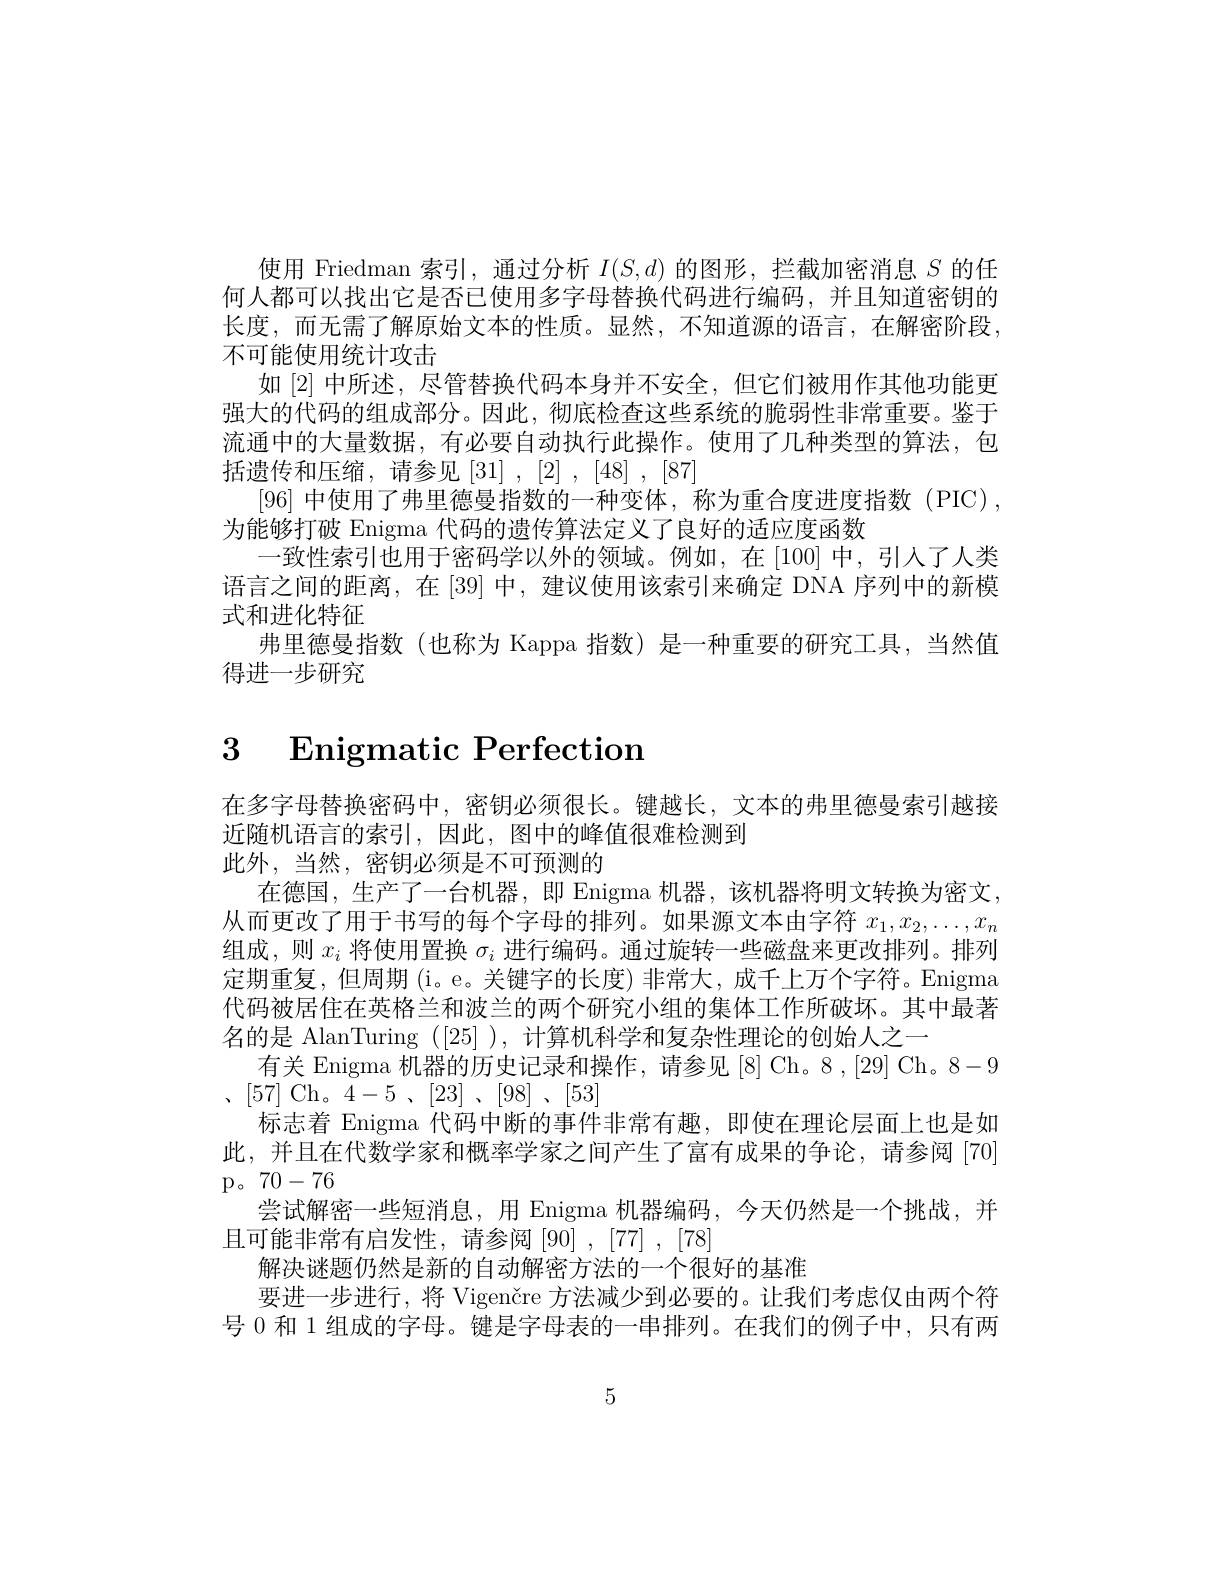
使用 Friedman 索引，通过分析$I(S,d)$的图形，拦截加密消息$S$的任何人都可以找出它是否已使用多字母替换代码进行编码，并且知道密钥的长度，而无需了解原始文本的性质。显然，不知道源的语言，在解密阶段。不可能使用统计攻击
如[2]中财述，尽管替换代码本身开个安全，但它们被用作其他功能更强大的代码的组成部分。因此，彻底检查这些系统的脆弱性非常重要。鉴于流通中的大量数据，有必要自动执行此操作。使用了几种类型的算法，包括遗传和压缩，请参见[31] ,[2] ,[48] ,[87]
[96] 中使用了弗里德曼指数的一种变体，称为重合度进度指数(PIC),
为能够打破 Enigma 代码的遗传算法定义了良好的适应度函数
一致性索引也用于密码学以外的领域。例如，在[100]中，引人了人类语言之间的距离，在[39]中，建议使用该索引来确定 DNA 序列中的新模式和进化特征
弗里德曼指数 (也称为 Kappa 指数) 是一种重要的研究工具，当然值
得进一步研究

# 3 $\textbf{Enigmatic Perfection}$

在多字母替换密码中，密钥必须很长。键越长，文本的弗里德曼索引越接
近随机语言的索引，因此，图中的峰值很难检测到
此外，当然，密钥必须是不可预测的
在德国，生产了一台机器，即 Enigma 机器，该机器将明文转换为密文， 从而更改了用于书写的每个字母的排列。如果源文本由字符$x_1,x_2,\ldots,x_n$ 组成，则$x_i$将使用置换$\sigma_i$进行编码。通过旋转一些磁盘来更改排列。排列定期重复，但周期(i。e。关键字的长度)非常大，成千上万个字符。Enigma 代码被居住在英格兰和波兰的两个研究小组的集体工作所破坏。其中最著名的是 AlanTuring ([25] ), 计算机科学和复杂性理论的创始人之一
有关 Enigma 机器的历史记录和操作，请参见 [8] Ch。8 ,[29] Ch。8-9
、 [ 57] Ch。4- 5 , [ 23] , [ 98] , [ 53]
标志着 Enigma 代码中断的事件非常有趣，即使在理论层面上也是如此，并且在代数学家和概率学家之间产生了富有成果的争论，请参阅 [70] ${\mathrm{p。}}70-76$
尝试解密一些短消息，用 Enigma 机器编码，今天仍然是一个挑战，并
且可能非常有启发性，请参阅[90],[77],[78]
解决谜题仍然是新的自动解密方法的一个很好的基准
要进一步进行，将 Vigenčre 方法减少到必要的。让我们考虑仅由两个符号 0 和 1 组成的字母。键是字母表的一串排列。在我们的例子中，只有两

5